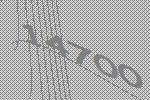
14700